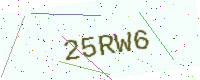
Text: 25RW6